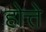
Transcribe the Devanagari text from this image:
होत्ते